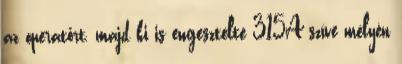
az operatőrt, majd ki is engesztelte 315A szíve mélyén